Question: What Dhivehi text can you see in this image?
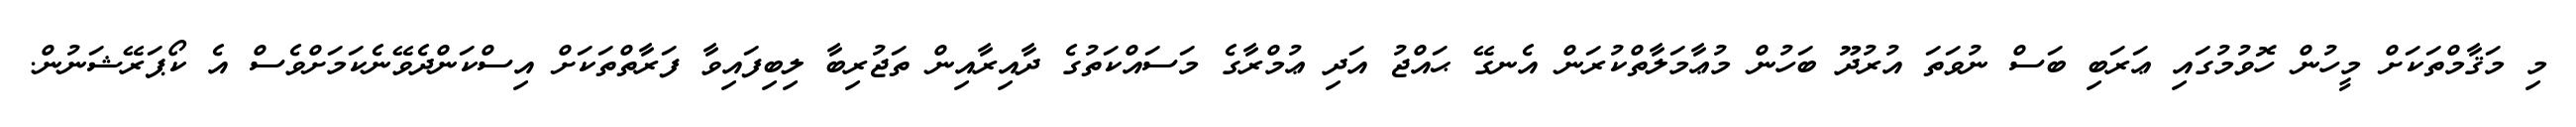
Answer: މި މަޤާމްތަކަށް މީހުން ހޮވުމުގައި ޢަރަބި ބަސް ނުވަތަ އުރުދޫ ބަހުން މުޢާމަލާތްކުރަން އެނގޭ ޙައްޖު އަދި ޢުމްރާގެ މަސައްކަތުގެ ދާއިރާއިން ތަޖުރިބާ ލިބިފައިވާ ފަރާތްތަކަށް އިސްކަންދެވޭނެކަމަށްވެސް އެ ކޯޕަރޭޝަނުން.